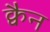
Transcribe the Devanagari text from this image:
क्वैन